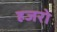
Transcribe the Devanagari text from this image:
हजरो